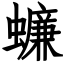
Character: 蠊